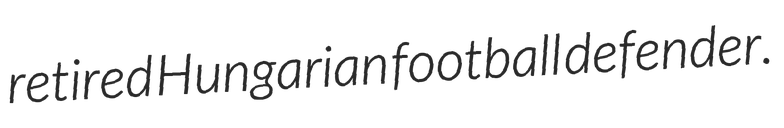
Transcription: retired Hungarian football defender.